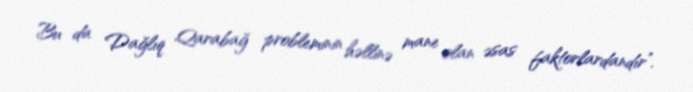
Bu da Dağlıq Qarabağ probleminin həllinə mane olan əsas faktorlardandır”.